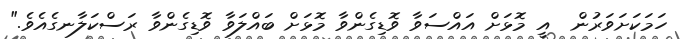
ހަމަކަށަވަރުން  އީ މޮޅަށް އައްސަވާ ވޮޑިގެންވާ މޮޅަށް ބައްލަވާ ވޮޑިގެންވާ ރަސްކަލާނގެއެވެ."